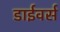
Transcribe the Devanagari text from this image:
डाईवर्स